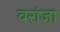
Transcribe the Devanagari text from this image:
बरांजा